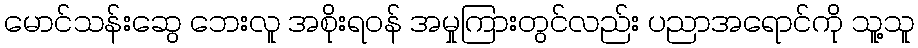
မောင်သန်းဆွေ ဘေးလူ အစိုးရဝန် အမှုကြားတွင်လည်း ပညာအရောင်ကို သူ့သူ